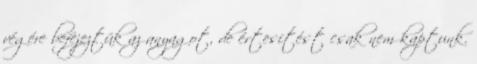
végére befejeztük az anyagot, de értesítést csak nem kaptunk.